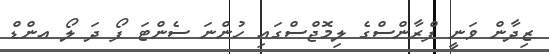
ޒިދާން ވަނީ ފްރާންސްގެ ލިމޮޖްސްގައި ހުންނަ ސެންޓަ ފޯ ދަ ލޯ އންޑް